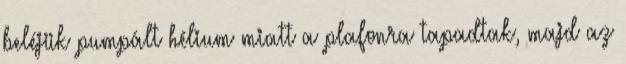
beléjük pumpált hélium miatt a plafonra tapadtak, majd az